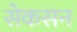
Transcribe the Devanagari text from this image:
सेकसन